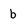
Character: b